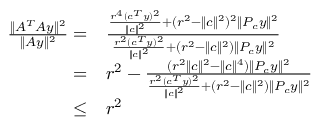
\begin{array} { r l } { \frac { \| A ^ { T } A y \| ^ { 2 } } { \| A y \| ^ { 2 } } = } & { \frac { \frac { r ^ { 4 } ( c ^ { T } y ) ^ { 2 } } { \| c \| ^ { 2 } } + ( r ^ { 2 } - \| c \| ^ { 2 } ) ^ { 2 } \| P _ { c } y \| ^ { 2 } } { \frac { r ^ { 2 } ( c ^ { T } y ) ^ { 2 } } { \| c \| ^ { 2 } } + ( r ^ { 2 } - \| c \| ^ { 2 } ) \| P _ { c } y \| ^ { 2 } } } \\ { = } & { r ^ { 2 } - \frac { ( r ^ { 2 } \| c \| ^ { 2 } - \| c \| ^ { 4 } ) \| P _ { c } y \| ^ { 2 } } { \frac { r ^ { 2 } ( c ^ { T } y ) ^ { 2 } } { \| c \| ^ { 2 } } + ( r ^ { 2 } - \| c \| ^ { 2 } ) \| P _ { c } y \| ^ { 2 } } } \\ { \leq } & { r ^ { 2 } } \end{array}